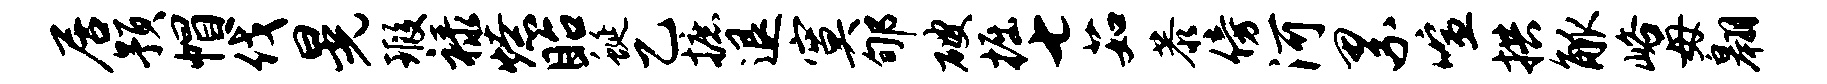
居预帽伐晃瑕禄燎眙蜒乙摭退寞郇破掘七茹恭傍河累喧拱觚峪毋翱